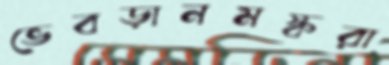
ভেবড়ানমস্করা